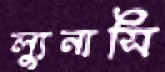
ল্যুনাসি